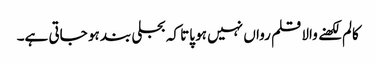
کالم لکھنے والا قلم رواں نہیں ہو پاتا کہ بجلی بند ہو جاتی ہے۔